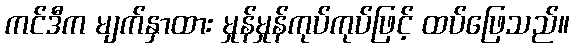
ကင်ဒီက မျက်နှာထား မှုန်မှုန်ကုပ်ကုပ်ဖြင့် ထပ်ဖြေသည်။